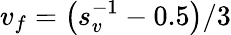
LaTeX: v_{f}=\left(s_{v}^{-1}-0.5\right)/3